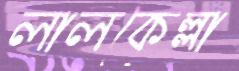
লালকেল্লা